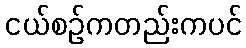
ငယ်စဉ်ကတည်းကပင်